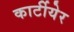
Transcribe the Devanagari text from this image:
कार्टीयेर